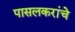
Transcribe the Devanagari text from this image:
पासलकरांचे